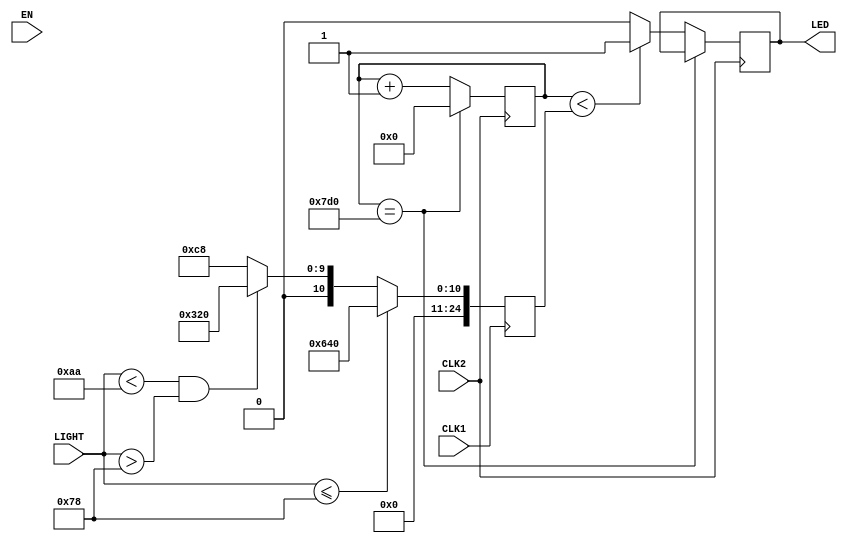
module light(CLK1,CLK2,EN,LIGHT,LED);
input CLK1;            //20ms
input CLK2;            //10us
input EN;              //
input [7:0] LIGHT;     //
output reg LED;        //LED

reg [24:0] pwm;
reg [24:0] count;

always @(posedge CLK1)
begin 
    if(LIGHT<=120) pwm<=1600;
	 else if(LIGHT<170&LIGHT>120) pwm<=800;
	 else pwm<=200;
end

always @(posedge CLK2)
begin
     if(count==2000) count<=0;
	  else if(count<pwm) 
	       begin 
			     LED<=1;
				  count<=count+1;
			 end
	  else
	       begin
			     LED<=0;
				  count<=count+1;
			 end
end

endmodule